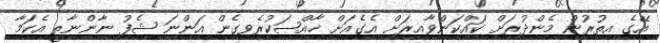
އޭގެ އިތުރުން މެންދުރަށް ކައްކަންވާއިރަށް އެގެއަށް ޚާއްޞަކުރެވިގެން އަންނަ ޝެފު ނާންނާތީ އެކަމާ